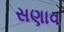
સણાવ